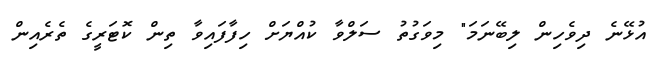
އުޅޭނެ ދިވެހިން ލިބޭނަމަ" މިވަގުތު ސަލްވާ ކުއްޔަށް ހިފާފައިވާ ތިން ކޮޓަރީގެ ތެރެއިން